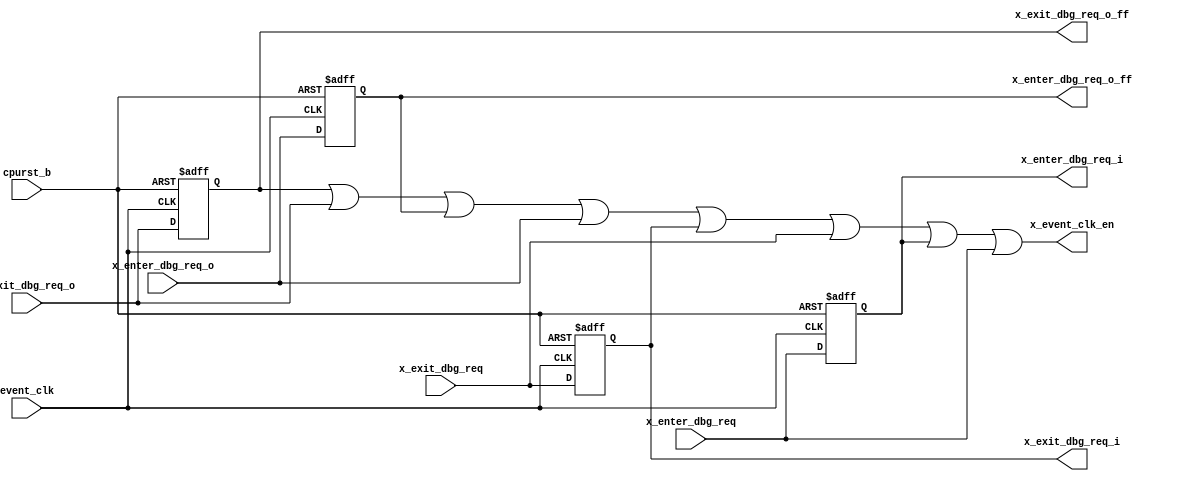
/*Copyright 2019-2021 T-Head Semiconductor Co., Ltd.

Licensed under the Apache License, Version 2.0 (the "License");
you may not use this file except in compliance with the License.
You may obtain a copy of the License at

    http://www.apache.org/licenses/LICENSE-2.0

Unless required by applicable law or agreed to in writing, software
distributed under the License is distributed on an "AS IS" BASIS,
WITHOUT WARRANTIES OR CONDITIONS OF ANY KIND, either express or implied.
See the License for the specific language governing permissions and
limitations under the License.
*/

// &ModuleBeg; @23
module ct_had_etm_if(
  cpurst_b,
  event_clk,
  x_enter_dbg_req,
  x_enter_dbg_req_i,
  x_enter_dbg_req_o,
  x_enter_dbg_req_o_ff,
  x_event_clk_en,
  x_exit_dbg_req,
  x_exit_dbg_req_i,
  x_exit_dbg_req_o,
  x_exit_dbg_req_o_ff
);


// &Ports; @25
input        cpurst_b;            
input        event_clk;           
input        x_enter_dbg_req;     
input        x_enter_dbg_req_o;   
input        x_exit_dbg_req;      
input        x_exit_dbg_req_o;    
output       x_enter_dbg_req_i;   
output       x_enter_dbg_req_o_ff; 
output       x_event_clk_en;      
output       x_exit_dbg_req_i;    
output       x_exit_dbg_req_o_ff; 

// &Regs; @26
reg          x_enter_dbg_req_i;   
reg          x_enter_dbg_req_o_ff; 
reg          x_exit_dbg_req_i;    
reg          x_exit_dbg_req_o_ff; 

// &Wires; @27
wire         cpurst_b;            
wire         event_clk;           
wire         x_enter_dbg_req;     
wire         x_enter_dbg_req_o;   
wire         x_event_clk_en;      
wire         x_exit_dbg_req;      
wire         x_exit_dbg_req_o;    


//==========================================================
//                       Output Sync
//==========================================================
// &Instance("sync_level2pulse", "x_ct_x_enter_dbg_req_o"); @33
// &Connect(.clk       (forever_cpuclk), @34
//          .rst_b     (cpurst_b), @35
//          .sync_in   (x_enter_dbg_req_o), @36
//          .sync_out  (x_enter_dbg_req_o_ff), @37
//          .sync_ack  (x_enter_dbg_req_o_ack) @38
//         ); @39
// &Instance("sync_level2pulse", "x_ct_x_exit_dbg_req_o"); @41
// &Connect(.clk       (forever_cpuclk), @42
//          .rst_b     (cpurst_b), @43
//          .sync_in   (x_exit_dbg_req_o), @44
//          .sync_out  (x_exit_dbg_req_o_ff), @45
//          .sync_ack  (x_exit_dbg_req_o_ack) @46
//         ); @47
always @ (posedge event_clk or negedge cpurst_b)
begin
  if (!cpurst_b) begin
    x_enter_dbg_req_o_ff <= 1'b0;
    x_exit_dbg_req_o_ff  <= 1'b0;
  end
  else begin
    x_enter_dbg_req_o_ff <= x_enter_dbg_req_o;
    x_exit_dbg_req_o_ff  <= x_exit_dbg_req_o;
  end
end


//==========================================================
//                        Input Sync
//==========================================================
// &Force("input", "x_enter_dbg_req_i_ack"); @75
// &Force("input", "forever_cpuclk"); @76
// &Force("nonport", "x_enter_dbg_req_i_ack_sync"); @77
// &Force("input", "x_exit_dbg_req_i_ack"); @97
// &Force("input", "forever_cpuclk"); @98
// &Force("nonport", "x_exit_dbg_req_i_ack_sync"); @99
always @ (posedge event_clk or negedge cpurst_b)
begin
  if (!cpurst_b) begin
    x_enter_dbg_req_i <= 1'b0;
    x_exit_dbg_req_i  <= 1'b0;
  end
  else begin
    x_enter_dbg_req_i <= x_enter_dbg_req;
    x_exit_dbg_req_i  <= x_exit_dbg_req;
  end
end

assign x_event_clk_en = x_exit_dbg_req_o_ff | x_exit_dbg_req_o
                      | x_enter_dbg_req_o_ff | x_enter_dbg_req_o
                      | x_exit_dbg_req_i | x_exit_dbg_req
                      | x_enter_dbg_req_i | x_enter_dbg_req;
// &Force("output", "x_exit_dbg_req_i"); @133
// &Force("output", "x_enter_dbg_req_i"); @134
// &Force("output", "x_exit_dbg_req_o_ff"); @135
// &Force("output", "x_enter_dbg_req_o_ff"); @136


// &ModuleEnd; @139
endmodule